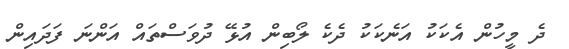
ދެ މީހުން އެކަކު އަނެކަކު ދެކެ ލޯބިން އުޅޭ ދުވަސްތައް އަންނަ ފަދައިން